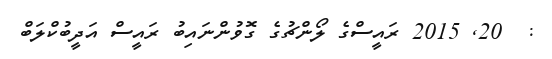
:  20